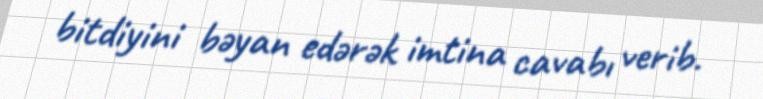
bitdiyini bəyan edərək imtina cavabı verib.